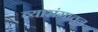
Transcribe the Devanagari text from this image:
व्यासंगातून